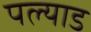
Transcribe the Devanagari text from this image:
पल्याड